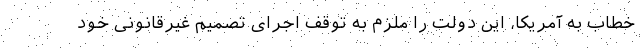
خطاب به آمریکا، این دولت را ملزم به توقف اجرای تصمیم غیرقانونی خود